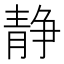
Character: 静